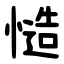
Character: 慥